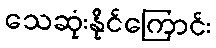
သေဆုံးနိုင်ကြောင်း